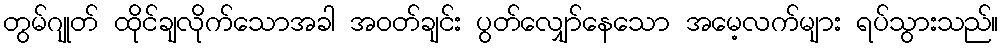
တွမ်ဂျုတ် ထိုင်ချလိုက်သောအခါ အဝတ်ချင်း ပွတ်လျှော်နေသော အမေ့လက်များ ရပ်သွားသည်။